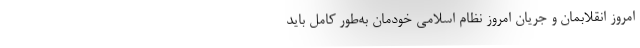
امروز انقلابمان و جریان امروز نظام اسلامی خودمان به‌طور کامل باید